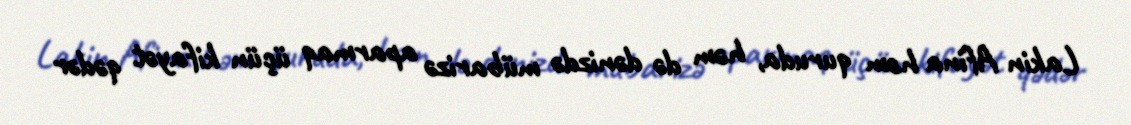
Lakin Afina həm quruda, həm də dənizdə mübarizə aparmaq üçün kifayət qədər